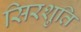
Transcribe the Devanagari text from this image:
सिरशुति